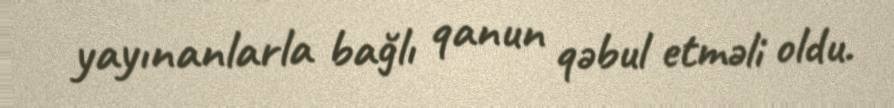
yayınanlarla bağlı qanun qəbul etməli oldu.